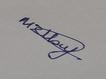
Signature authenticity: genuine